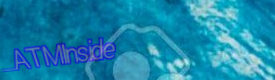
ATMInside